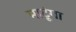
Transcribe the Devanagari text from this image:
माटूंगा